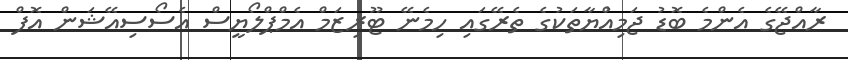
ރާއްޖޭގެ އެންމެ ބޮޑު ޖަމިއްުޔާތަކުގެ ތެރޭގައި ހިމެނޭ ޓޫރިޒަމް އެމްޕްލޯޔީސް އެސޯސިއޭޝަން އޮފް